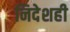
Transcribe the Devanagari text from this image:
निदेशही